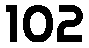
102